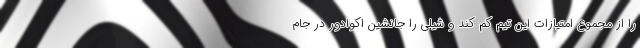
را از مجموع امتیازات این تیم کم کند و شیلی را جانشین اکوادور در جام